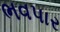
ભવપાર